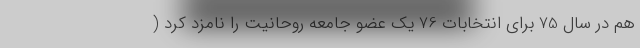
هم در سال 75 برای انتخابات 76 یک عضو جامعه روحانیت را نامزد کرد (